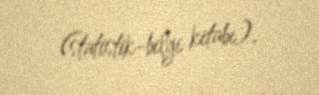
(statistik-bilgi kitabı).